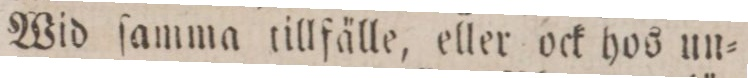
Wid ſamma tillfälle, eller ock hos un=